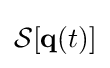
{\mathcal {S}}[\mathbf {q} (t)]